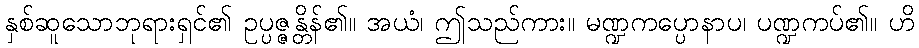
နှစ်ဆူသောဘုရားရှင်၏ ဥပ္ပဇ္ဇန္တိန်၏။ အယံ၊ ဤသည်ကား။ မဏ္ဍကပ္ပောနာပ၊ ပဏ္ဍကပ်၏။ ဟိ